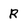
Character: R